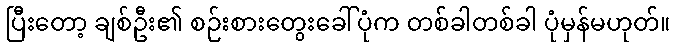
ပြီးတော့ ချစ်ဦး၏ စဉ်းစားတွေးခေါ်ပုံက တစ်ခါတစ်ခါ ပုံမှန်မဟုတ်။